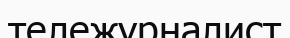
тележурналист